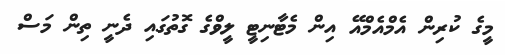
މީގެ ކުރިން އެމްއެމްއޭ އިން މެޓާނިޓީ ލީވްގެ ގޮތުގައި ދެނީ ތިން މަސް